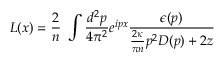
L ( x ) = \frac { 2 } { n } ~ \int \frac { d ^ { 2 } p } { 4 \pi ^ { 2 } } e ^ { i p x } \frac { \epsilon ( p ) } { \frac { 2 \kappa } { \pi n } p ^ { 2 } D ( p ) + 2 z }